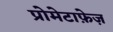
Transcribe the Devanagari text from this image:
प्रोमेटाफ़ेज़